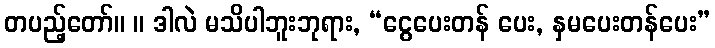
တပည့်တော်။ ။ ဒါလဲ မသိပါဘူးဘုရား, “ငွေပေးတန် ပေး, နှမပေးတန်ပေး”